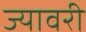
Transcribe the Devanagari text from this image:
ज्यावरी